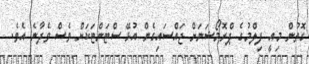
ގޮތުން މިއީ ފިލްމުގެ ޕްރޮމޯޝަނަށް ޖައްސައިގެން އުޅޭ ސްޓަންޓަކަށް ވެސް ވެދާނެ އެވެ.